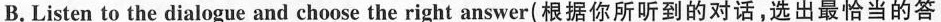
B. Listen to the dialogue and choose the right answer(根据你所听到的对话,选出最恰当的答